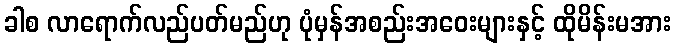
ခါစ လာရောက်လည်ပတ်မည်ဟု ပုံမှန်အစည်းအဝေးများနှင့် ထိုမိန်းမအား